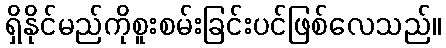
ရှိနိုင်မည်ကိုစူးစမ်းခြင်းပင်ဖြစ်လေသည်။